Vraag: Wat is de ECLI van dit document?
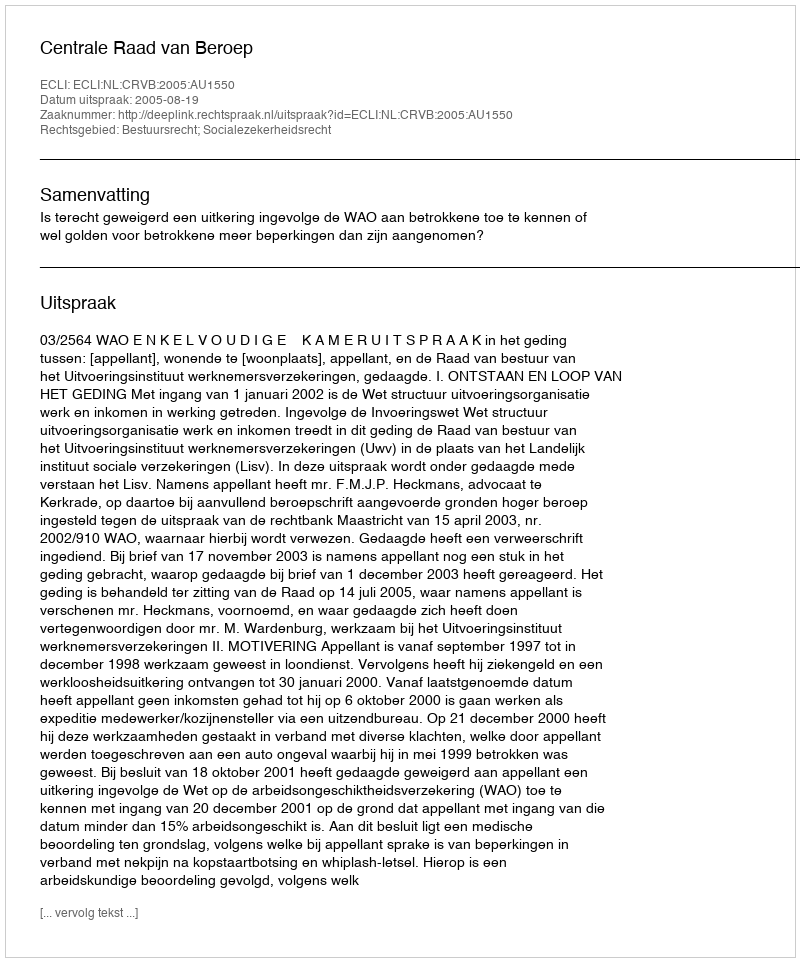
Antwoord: ECLI:NL:CRVB:2005:AU1550